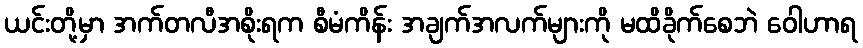
ယင်းတို့မှာ အက်တလီအစိုးရက စီမံကိန်း အချက်အလက်များကို မထိခိုက်စေဘဲ ဝေါဟာရ